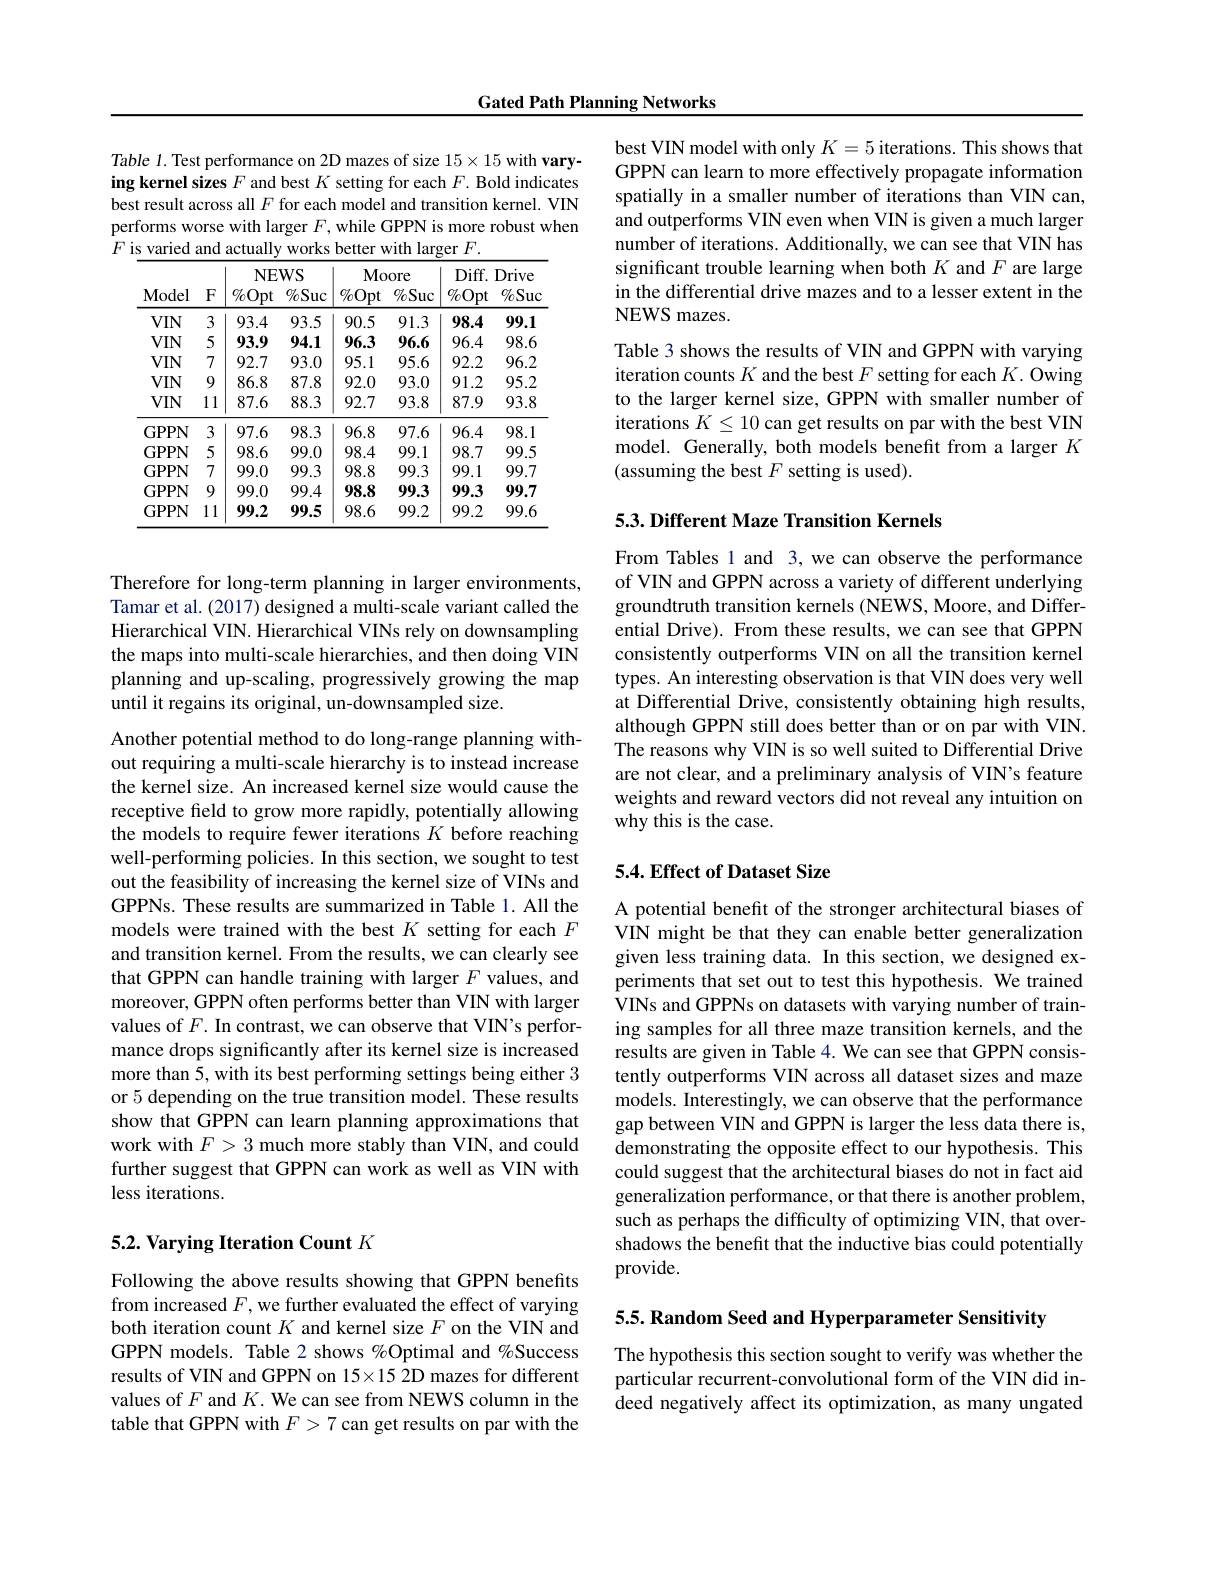
Gated Path Planning Networks

Table 1. Test performance on 2D mazes of size 15×15 with varying kernel sizes $F$ and best $K$ setting for each $F.$ Bold indicates best result across all $F$ for each model and transition kernel. VIN performs worse with larger $F$,while GPPN is more robust when $F$ is varied and actually works better with larger $F.$

<table>
	<tbody>
		<tr>
			<th rowspan="2">Model</th>
			<th rowspan="2">$F$</th>
			<th colspan="2">NEWS</th>
			<th colspan="2">$\mathbf{Moore}$</th>
			<th>$Diff.$</th>
			<th>Drive</th>
		</tr>
		<tr>
			<th>$\%Opt$</th>
			<th>$\%Suc$</th>
			<th>$\%$Opt</th>
			<th>$\%Suc$</th>
			<th>$\%Opt$</th>
			<th>$\%Suc$</th>
		</tr>
		<tr>
			<td>VIN</td>
			<td>3</td>
			<td>93.4</td>
			<td>93.5</td>
			<td>90.5</td>
			<td>91.3</td>
			<td>98.4</td>
			<td>99.1</td>
		</tr>
		<tr>
			<td>VIN</td>
			<td>5</td>
			<td>93.9</td>
			<td>94.1</td>
			<td>96.3</td>
			<td>96.6</td>
			<td>96.4</td>
			<td>98.6</td>
		</tr>
		<tr>
			<td>VIN</td>
			<td>7</td>
			<td>92.7</td>
			<td>93.0</td>
			<td>95.1</td>
			<td>95.6</td>
			<td>92.2</td>
			<td>96.2</td>
		</tr>
		<tr>
			<td>VIN</td>
			<td>9</td>
			<td>86.8</td>
			<td>87.8</td>
			<td>92.0</td>
			<td>93.0</td>
			<td>91.2</td>
			<td>95.2</td>
		</tr>
		<tr>
			<td>$VIN$</td>
			<td>11</td>
			<td>87.6</td>
			<td>88.3</td>
			<td>92.7</td>
			<td>93.8</td>
			<td>87.9</td>
			<td>93.8</td>
		</tr>
		<tr>
			<td>GPPN</td>
			<td>3</td>
			<td>97.6</td>
			<td>98.3</td>
			<td>96.8</td>
			<td>97.6</td>
			<td>96.4</td>
			<td>98.1</td>
		</tr>
		<tr>
			<td>GPPN</td>
			<td>5</td>
			<td>98.6</td>
			<td>99.0</td>
			<td>98.4</td>
			<td>99.1</td>
			<td>98.7</td>
			<td>99.5</td>
		</tr>
		<tr>
			<td>GPPN</td>
			<td>7</td>
			<td>99.0</td>
			<td>99.3</td>
			<td>98.8</td>
			<td>99.3</td>
			<td>99.1</td>
			<td>99.7</td>
		</tr>
		<tr>
			<td>GPPN</td>
			<td>9</td>
			<td>99.0</td>
			<td>99.4</td>
			<td>98.8</td>
			<td>99.3</td>
			<td>99.3</td>
			<td>99.7</td>
		</tr>
		<tr>
			<td>GPPN</td>
			<td>11</td>
			<td>99.2</td>
			<td>99.5</td>
			<td>98.6</td>
			<td>99.2</td>
			<td>99.2</td>
			<td>99.6</td>
		</tr>
	</tbody>
</table>

Therefore for long-term planning in larger environments, Tamar et al. (2017) designed a multi-scale variant called the Hierarchical VIN. Hierarchical VINs rely on downsampling the maps into multi-scale hierarchies, and then doing VIN planning and up-scaling, progressively growing the map until it regains its original, un-downsampled size.

Another potential method to do long-range planning without requiring a multi-scale hierarchy is to instead increase the kernel size. An increased kernel size would cause the receptive field to grow more rapidly, potentially allowing the models to require fewer iterations $K$ before reaching well-performing policies. In this section, we sought to test out the feasibility of increasing the kernel size of VINs and GPPNs. These results are summarized in Table 1. All the models were trained with the best $K$ setting for each $F$ and transition kernel. From the results, we can clearly see that GPPN can handle training with larger $F$ values, and moreover, GPPN often performs better than VIN with larger values of $F.$ In contrast, we can observe that VIN's performance drops significantly after its kernel size is increased more than 5, with its best performing settings being either 3 or 5 depending on the true transition model. These results show that GPPN can learn planning approximations that work with $F>3$ much more stably than VIN, and could further suggest that GPPN can work as well as VIN with less iterations.

## $5. 2. \textbf{ Varying Iteration Count }K$

Following the above results showing that GPPN benefits from increased $F$, we further evaluated the effect of varying both iteration count $K$ and kernel size $F$ on the VIN and GPPN models. Table 2 shows %Optimal and %Success results of VIN and GPPN on 15×15 2D mazes for different values of $F$ and $K.$ We can see from NEWS column in the table that GPPN with $F>7$ can get results on par with the

best VIN model with only $K=5$ iterations. This shows that GPPN can learn to more effectively propagate information spatially in a smaller number of iterations than VIN can, and outperforms VIN even when VIN is given a much larger number of iterations. Additionally, we can see that VIN has significant trouble learning when both $K$ and $F$ are large in the differential drive mazes and to a lesser extent in the NEWS mazes.
Table 3 shows the results of VIN and GPPN with varying iteration counts $K$ and the best $F$ setting for each $K.$ Owing to the larger kernel size, GPPN with smaller number of iterations $K\leq10$ can get results on par with the best VIN model. Generally, both models benefit from a larger $K$ (assuming the best $F$ setting is used).

## $5. 3. \textbf{Different Maze Transition Kernels}$

From Tables 1 and 3,we can observe the performance of VIN and GPPN across a variety of different underlying groundtruth transition kernels (NEWS, Moore, and Differential Drive). From these results, we can see that GPPN consistently outperforms VIN on all the transition kernel types. An interesting observation is that VIN does very well at Differential Drive, consistently obtaining high results, although GPPN still does better than or on par with VIN. The reasons why VIN is so well suited to Differential Drive are not clear, and a preliminary analysis of VIN's feature weights and reward vectors did not reveal any intuition on why this is the case.

## 5.4. Effect of Dataset Size

A potential benefit of the stronger architectural biases of VIN might be that they can enable better generalization given less training data. In this section, we designed experiments that set out to test this hypothesis. We trained VINs and GPPNs on datasets with varying number of training samples for all three maze transition kernels, and the results are given in Table 4. We can see that GPPN consistently outperforms VIN across all dataset sizes and maze models. Interestingly, we can observe that the performance gap between VIN and GPPN is larger the less data there is, demonstrating the opposite effect to our hypothesis. This could suggest that the architectural biases do not in fact aid generalization performance, or that there is another problem, such as perhaps the difficulty of optimizing VIN, that overshadows the benefit that the inductive bias could potentially provide.

5.5. Random Seed and Hyperparameter Sensitivity

The hypothesis this section sought to verify was whether the particular recurrent-convolutional form of the VIN did indeed negatively affect its optimization, as many ungated